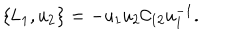
\{ \mathsf { L } _ { 1 } , \mathsf { u } _ { 2 } \} = - \mathsf { u _ { 1 } u _ { 2 } \mathcal { C } _ { 1 2 } u _ { 1 } ^ { - 1 } } .